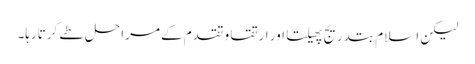
لیکن اسلام بتدریج پھیلتا اور ارتقا و تقدم کے مراحل طے کرتارہا۔